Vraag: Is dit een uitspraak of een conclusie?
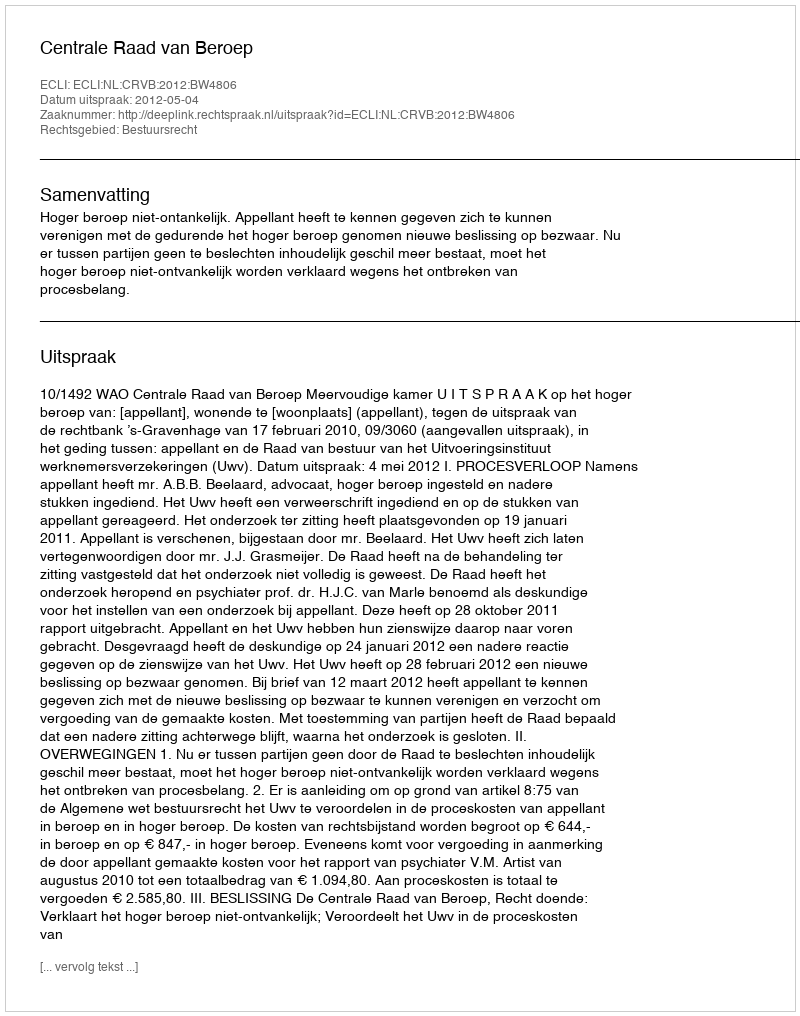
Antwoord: Uitspraak